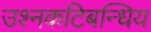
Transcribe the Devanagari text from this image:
उश्नकटिबन्धिय